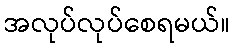
အလုပ်လုပ်စေရမယ်။